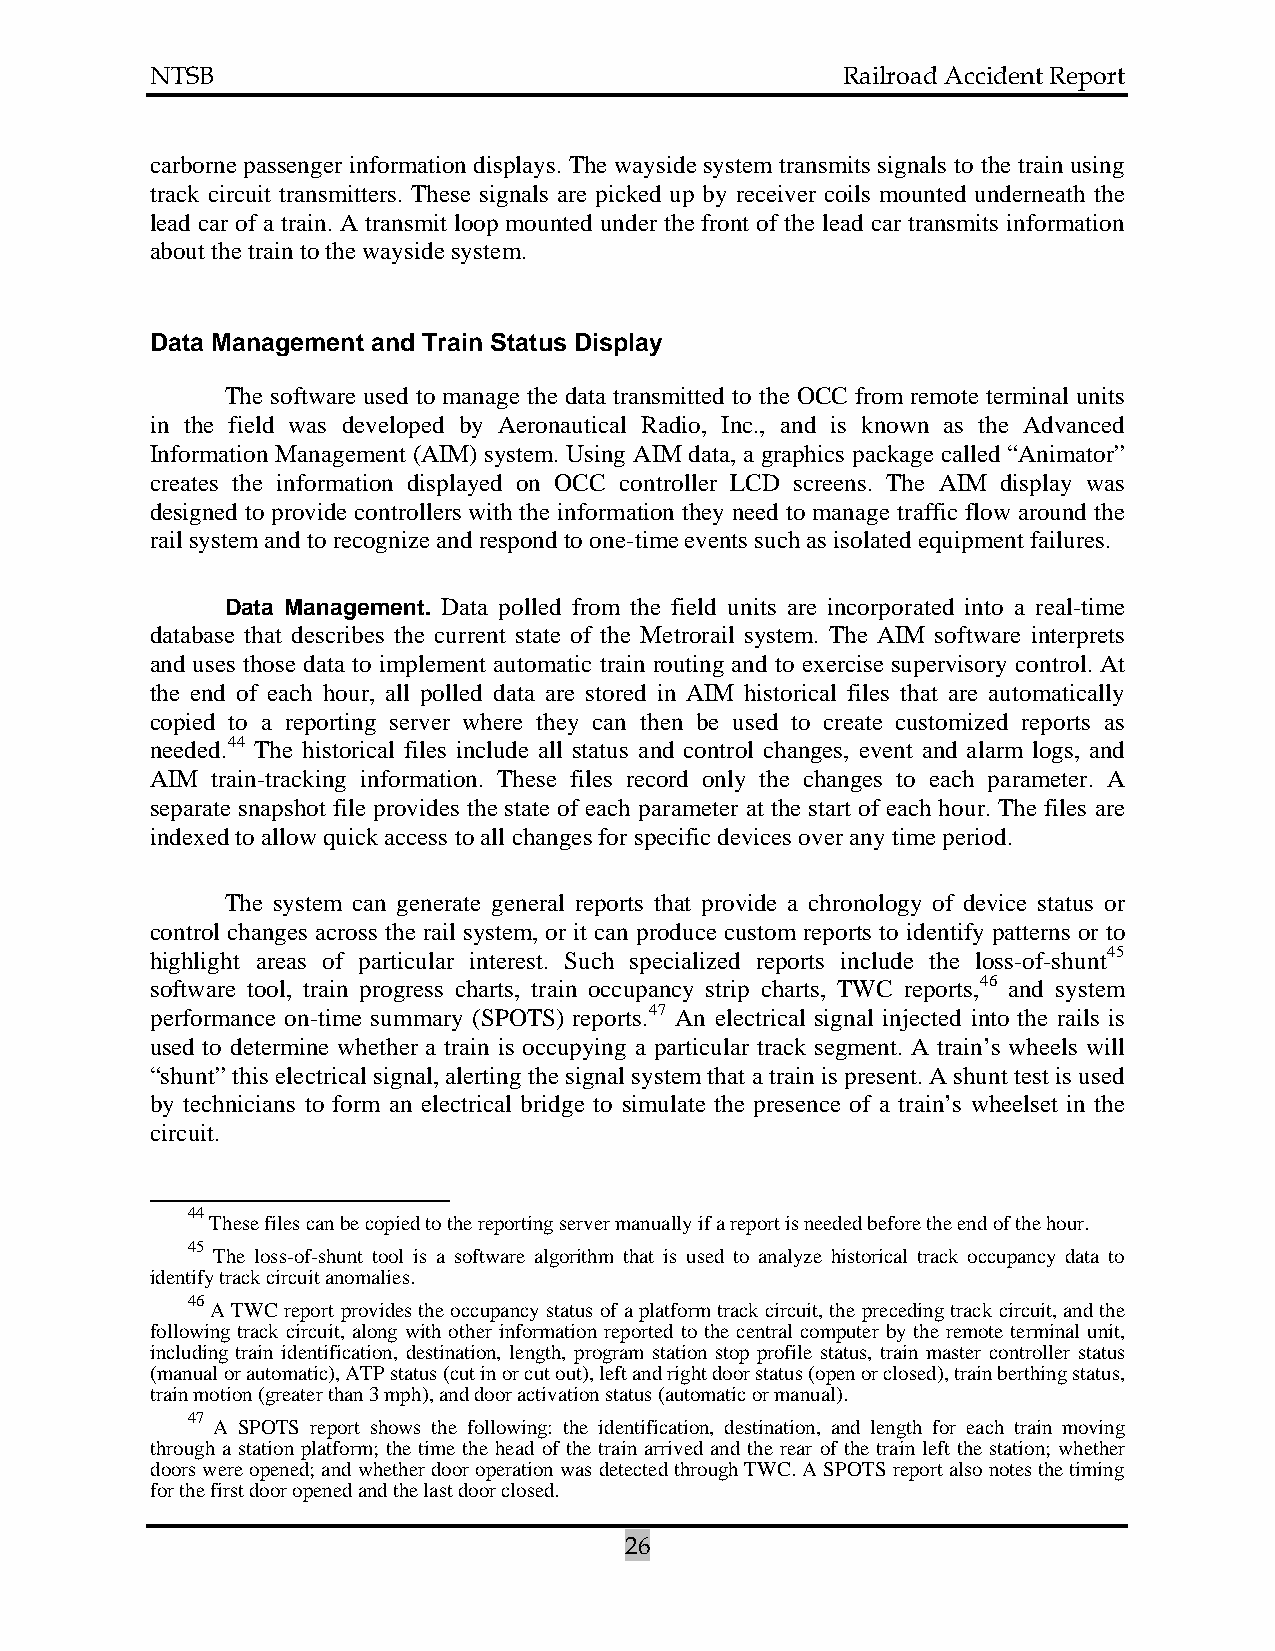
NTSB                                          Railroad Accident Report
 carborne passenger information displays. The wayside system transmits signals to the train using
 track circuit transmitters. These signals are picked up by receiver coils mounted underneath the
 lead car of a train. A transmit loop mounted under the front of the lead car transmits information
 about the train to the wayside system.
 Data Management and Train Status Display
 The software used to manage the data transmitted to the OCC from remote terminal units
 in the field was developed by Aeronautical Radio, Inc., and is known as the Advanced
 Information Management (AIM) system. Using AIM data, a graphics package called “Animator”
 creates the information displayed on OCC controller LCD screens. The AIM display was
 designed to provide controllers with the information they need to manage traffic flow around the
 rail system and to recognize and respond to one-time events such as isolated equipment failures.
 Data Management. Data polled from the field units are incorporated into a real-time
 database that describes the current state of the Metrorail system. The AIM software interprets
 and uses those data to implement automatic train routing and to exercise supervisory control. At
 the end of each hour, all polled data are stored in AIM historical files that are automatically
 copied to a reporting server where they can then be used to create customized reports as
 needed.44 The historical files include all status and control changes, event and alarm logs, and
 AIM train-tracking information. These files record only the changes to each parameter. A
 separate snapshot file provides the state of each parameter at the start of each hour. The files are
 indexed to allow quick access to all changes for specific devices over any time period.
 The system can generate general reports that provide a chronology of device status or
 control changes across the rail system, or it can produce custom reports to identify patterns or to
 highlight areas of particular interest. Such specialized reports include the loss-of-shunt45
 software tool, train progress charts, train occupancy strip charts, TWC reports,46 and system
 performance on-time summary (SPOTS) reports.47 An electrical signal injected into the rails is
 used to determine whether a train is occupying a particular track segment. A train’s wheels will
 “shunt” this electrical signal, alerting the signal system that a train is present. A shunt test is used
 by technicians to form an electrical bridge to simulate the presence of a train’s wheelset in the
 circuit.
 44
 These files can be copied to the reporting server manually if a report is needed before the end of the hour.
 45
 The loss-of-shunt tool is a software algorithm that is used to analyze historical track occupancy data to
 identify track circuit anomalies.
 46
 A TWC report provides the occupancy status of a platform track circuit, the preceding track circuit, and the
 following track circuit, along with other information reported to the central computer by the remote terminal unit,
 including train identification, destination, length, program station stop profile status, train master controller status
 (manual or automatic), ATP status (cut in or cut out), left and right door status (open or closed), train berthing status,
 train motion (greater than 3 mph), and door activation status (automatic or manual).
 47
 A SPOTS report shows the following: the identification, destination, and length for each train moving
 through a station platform; the time the head of the train arrived and the rear of the train left the station; whether
 doors were opened; and whether door operation was detected through TWC. A SPOTS report also notes the timing
 for the first door opened and the last door closed.
 26